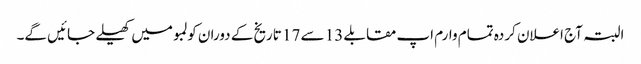
البتہ آج اعلان کردہ تمام وارم اپ مقابلے 13 سے 17 تاریخ کے دوران کولمبو میں کھیلے جائیں گے۔